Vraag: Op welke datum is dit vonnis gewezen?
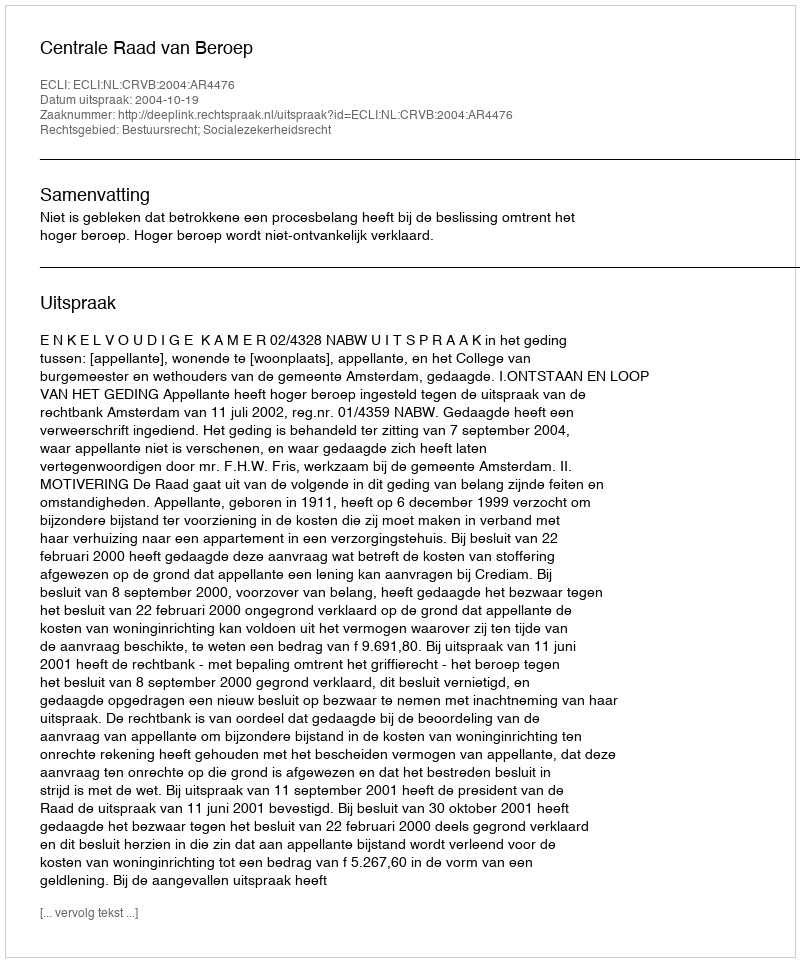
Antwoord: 2004-10-19